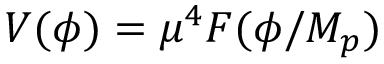
V ( \phi ) = \mu ^ { 4 } { \cal F } ( \phi / M _ { p } )